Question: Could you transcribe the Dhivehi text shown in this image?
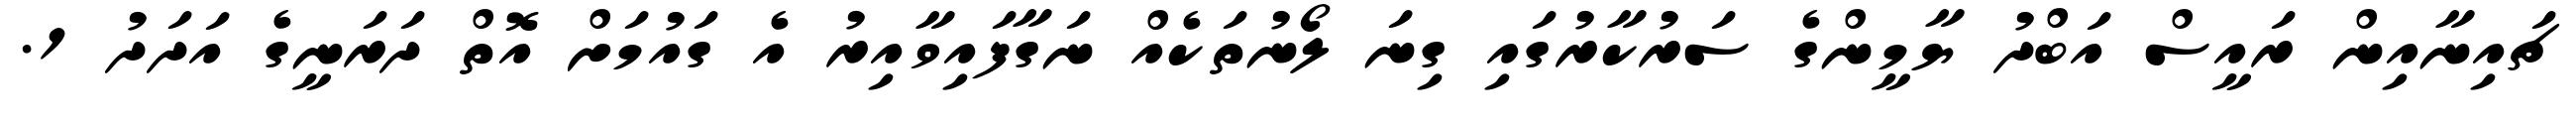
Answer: ޗައިނާއިން ރައީސް އަބްދު ޔާމީންގެ ސަރުކާރުގައި ގިނަ ލޯނުތަކެއް ނަގާފައިވާއިރު އެ ގައުމަށް އޮތް ދަރަނީގެ އަދަދު 1.